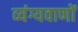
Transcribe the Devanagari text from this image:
व्यंग्यवाणों